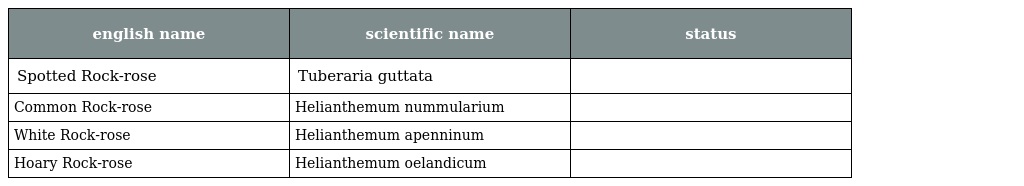
| english name | scientific name | status |
 | --- | --- | --- |
 | Spotted Rock-rose | Tuberaria guttata |  |
 | Common Rock-rose | Helianthemum nummularium |  |
 | White Rock-rose | Helianthemum apenninum |  |
 | Hoary Rock-rose | Helianthemum oelandicum |  |